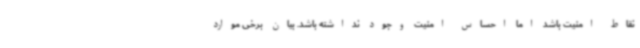
نقاط امنیت باشد اما احساس امنیت وجود نداشته باشد. بیان برخی موارد